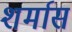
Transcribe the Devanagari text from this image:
शर्मास